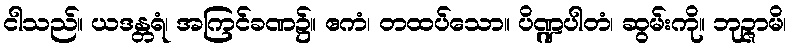
ငါသည်။ ယဒန္တရံ၊ အကြင်ခဏ၌။ ဧကံ၊ တထပ်သော။ ပိဏ္ဍပါတံ၊ ဆွမ်းကို။ ဘုဉ္ဇာမိ၊